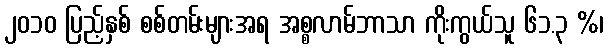
၂၀၁၀ ပြည့်နှစ် စစ်တမ်းများအရ အစ္စလာမ်ဘာသာ ကိုးကွယ်သူ ၆၁.၃ %၊